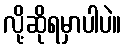
လို့ဆိုရမှာပါပဲ။